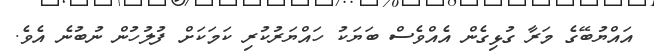
އައްޔުބޭގެ މަރާ ގުޅިގެން އެއްވެސް ބަޔަކު ހައްޔަރުކުރި ކަމަކަށް ފުލުހުން ނުބުނެ އެވެ.